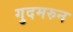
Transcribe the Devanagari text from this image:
गुदमरुन